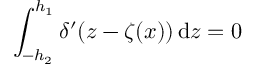
\int _ { - h _ { 2 } } ^ { h _ { 1 } } \delta ^ { \prime } ( z - \zeta ( x ) ) \, \mathrm { d } z = 0